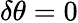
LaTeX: \delta\theta=0